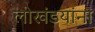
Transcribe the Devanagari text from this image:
लोखंडयांना